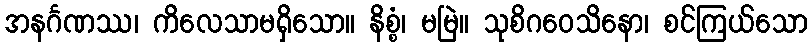
အနင်္ဂဏဿ၊ ကိလေသာမရှိသော။ နိစ္စံ၊ မမြဲ။ သုစိဂဝေသိနော၊ စင်ကြယ်သော